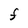
Character: F